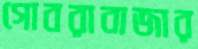
গোবরাবাজার